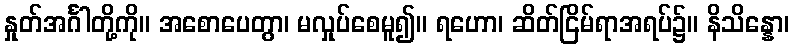
နှုတ်အင်္ဂါတို့ကို။ အစောပေတွာ၊ မလှုပ်စေမူ၍။ ရဟော၊ ဆိတ်ငြိမ်ရာအရပ်၌။ နိသိန္နော၊